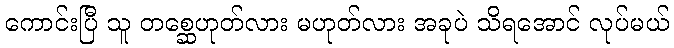
ကောင်းပြီ သူ တစ္ဆေဟုတ်လား မဟုတ်လား အခုပဲ သိရအောင် လုပ်မယ်